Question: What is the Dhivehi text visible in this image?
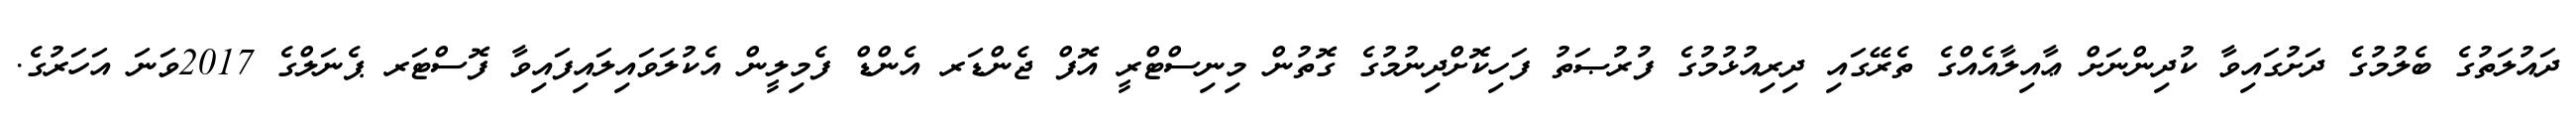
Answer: ދައުލަތުގެ ބެލުމުގެ ދަށުގައިވާ ކުދިންނަށް ޢާއިލާއެއްގެ ތެރޭގައި ދިރިއުޅުމުގެ ފުރުޞަތު ފަހިކޮށްދިނުމުގެ ގޮތުން މިނިސްޓްރީ އޮފް ޖެންޑަރ އެންޑް ފެމިލީން އެކުލަވައިލައިފައިވާ ފޮސްޓަރ ޕެނަލްގެ 2017ވަނަ އަހަރުގެ.